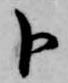
ト